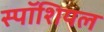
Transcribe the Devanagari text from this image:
स्पॉशियल